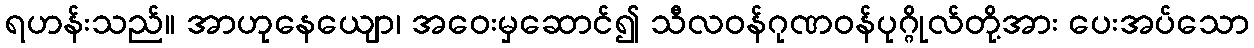
ရဟန်းသည်။ အာဟုနေယျော၊ အဝေးမှဆောင်၍ သီလဝန်ဂုဏဝန်ပုဂ္ဂိုလ်တို့အား ပေးအပ်သော